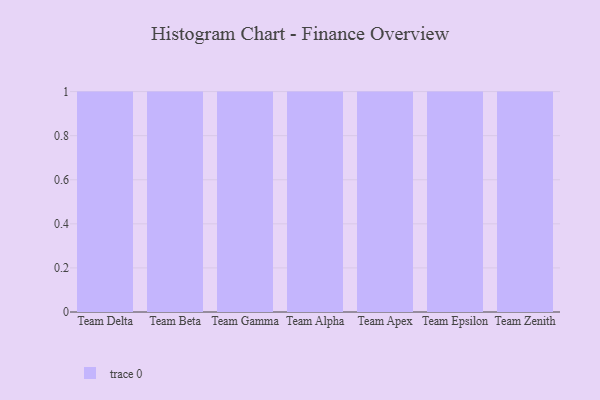
{"axis": {"x": "Team", "y": "Latency (ms)"}, "legend": [""], "data": [{"x": "Team Delta", "y": 77, "type": ""}, {"x": "Team Beta", "y": 24, "type": ""}, {"x": "Team Gamma", "y": 57, "type": ""}, {"x": "Team Alpha", "y": 42, "type": ""}, {"x": "Team Apex", "y": 93, "type": ""}, {"x": "Team Epsilon", "y": 6, "type": ""}, {"x": "Team Zenith", "y": 57, "type": ""}]}